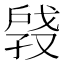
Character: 𫼑